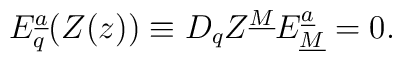
{E}_{q}^{\underline a}(Z(z))\equiv D_qZ^{\underline M}E^{\underline a}_{\underline M}=0.